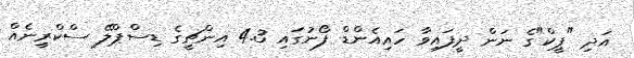
އަދި "ޕީކް"ގެ ނަން ދީފައިވާ ހައިއެންޑް ފޯނުގައި 4.3 އިންޗީގެ ޑިސްޕްލޭ ސްކްރީނެއް